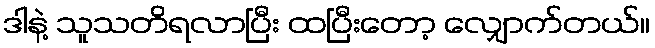
ဒါနဲ့ သူသတိရလာပြီး ထပြီးတော့ လျှောက်တယ်။